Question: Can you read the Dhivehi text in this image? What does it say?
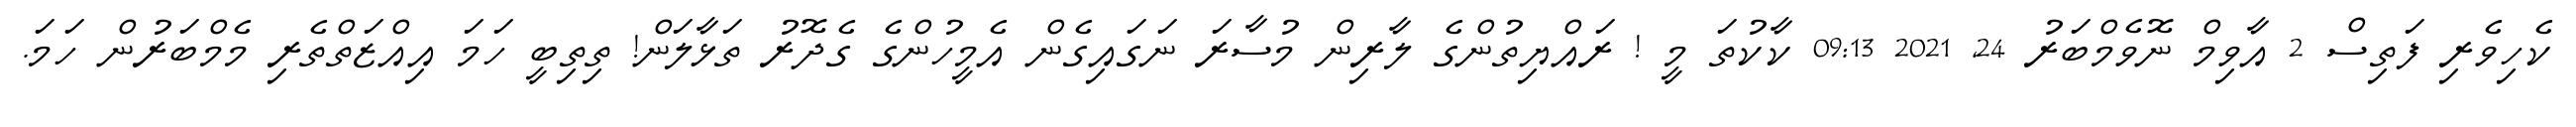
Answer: ކެހިވެރި ފަތިސް 2 އާވިމް ނޮވެމްބަރު 24, 2021 09:13 ކާކުތަ މީ ! ރައްޔިތުންގެ ލާރިން މުސާރަ ނަގައިގެން އެމީހުންގެ ގެދޮރު ތަޅާލަން! ތިތިބީ ހަމަ އިއްޒަތްތެރި މެމްބަރުން ހަމަ.